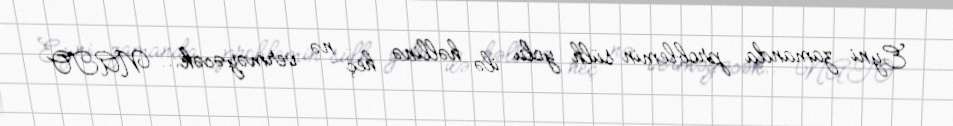
Eyni zamanda problemin sülh yolu ilə həllinə heç nə verməyəcək... NATO